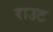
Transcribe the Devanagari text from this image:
राउट